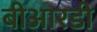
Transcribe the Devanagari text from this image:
बीआरडी